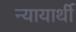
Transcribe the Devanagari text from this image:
न्यायार्थी